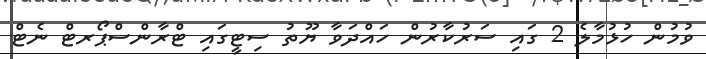
ވުމުން ހުޅުމާލެ 2 ގައި ސަރުކާރުން ހައްދަވާ ޔޫތު ސިޓީގައި ޓްރާންސްޕޯރޓް ނެޓް